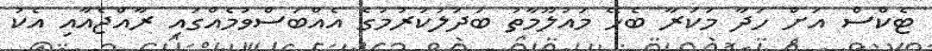
ޓެކްސް އަށް ހަދާ މަކަރާ ބެހޭ މައުލޫމާތު ބަދަލުކުރުމުގެ އެއްބަސްވުމެއްގައި ރާއްޖެއާއި އެކު